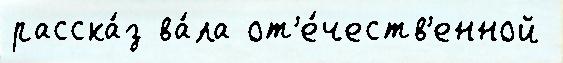
расска́з ва́ла от'е́честв'енной